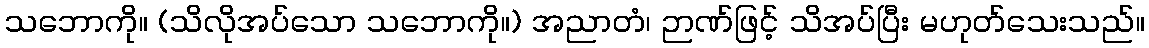
သဘောကို။ (သိလိုအပ်သော သဘောကို။) အညာတံ၊ ဉာဏ်ဖြင့် သိအပ်ပြီး မဟုတ်သေးသည်။